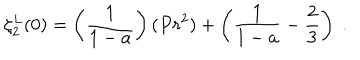
\zeta _ { 2 } ^ { L } ( 0 ) = \left( \frac { 1 } { 1 - a } \right) ( P r ^ { 2 } ) + \left( \frac { 1 } { 1 - a } - \frac { 2 } { 3 } \right) \ .